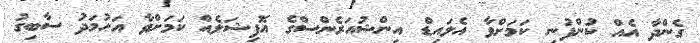
ގެންދާ އެއް ކުންފުނި ކަމަށްވާ އެލައިޑް އިންޝުއަރެންސްގެ އޮފިޝަލެއް ކަމަށްވާ އަހުމަދު ސާބިގު